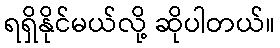
ရရှိနိုင်မယ်လို့ ဆိုပါတယ်။